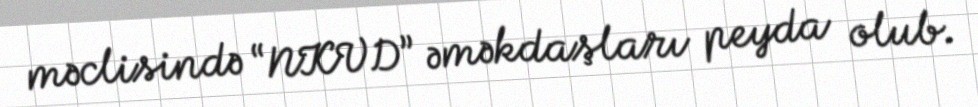
məclisində “NKVD” əməkdaşları peyda olub.